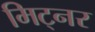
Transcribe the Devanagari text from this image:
मिट्नर